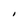
Character: I